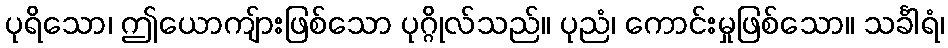
ပုရိသော၊ ဤယောကျ်ားဖြစ်သော ပုဂ္ဂိုလ်သည်။ ပုညံ၊ ကောင်းမှုဖြစ်သော။ သင်္ခါရံ၊